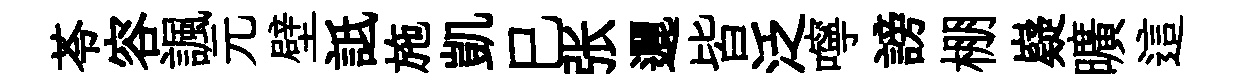
苓容諷元壁詆施凱巳张邐皆泛嚀謗棚嶷曠這